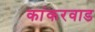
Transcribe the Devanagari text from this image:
कांकरवाड